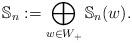
LaTeX: \begin{align*} \mathbb S_n:=\bigoplus_{w\in W_+} \mathbb S_n(w).\end{align*}